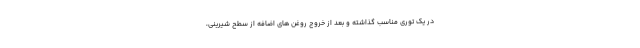
در یک توری مناسب گذاشته و بعد از خروج روغن های اضافه از سطح شیرینی،